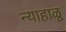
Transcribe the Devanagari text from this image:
न्याहाळू